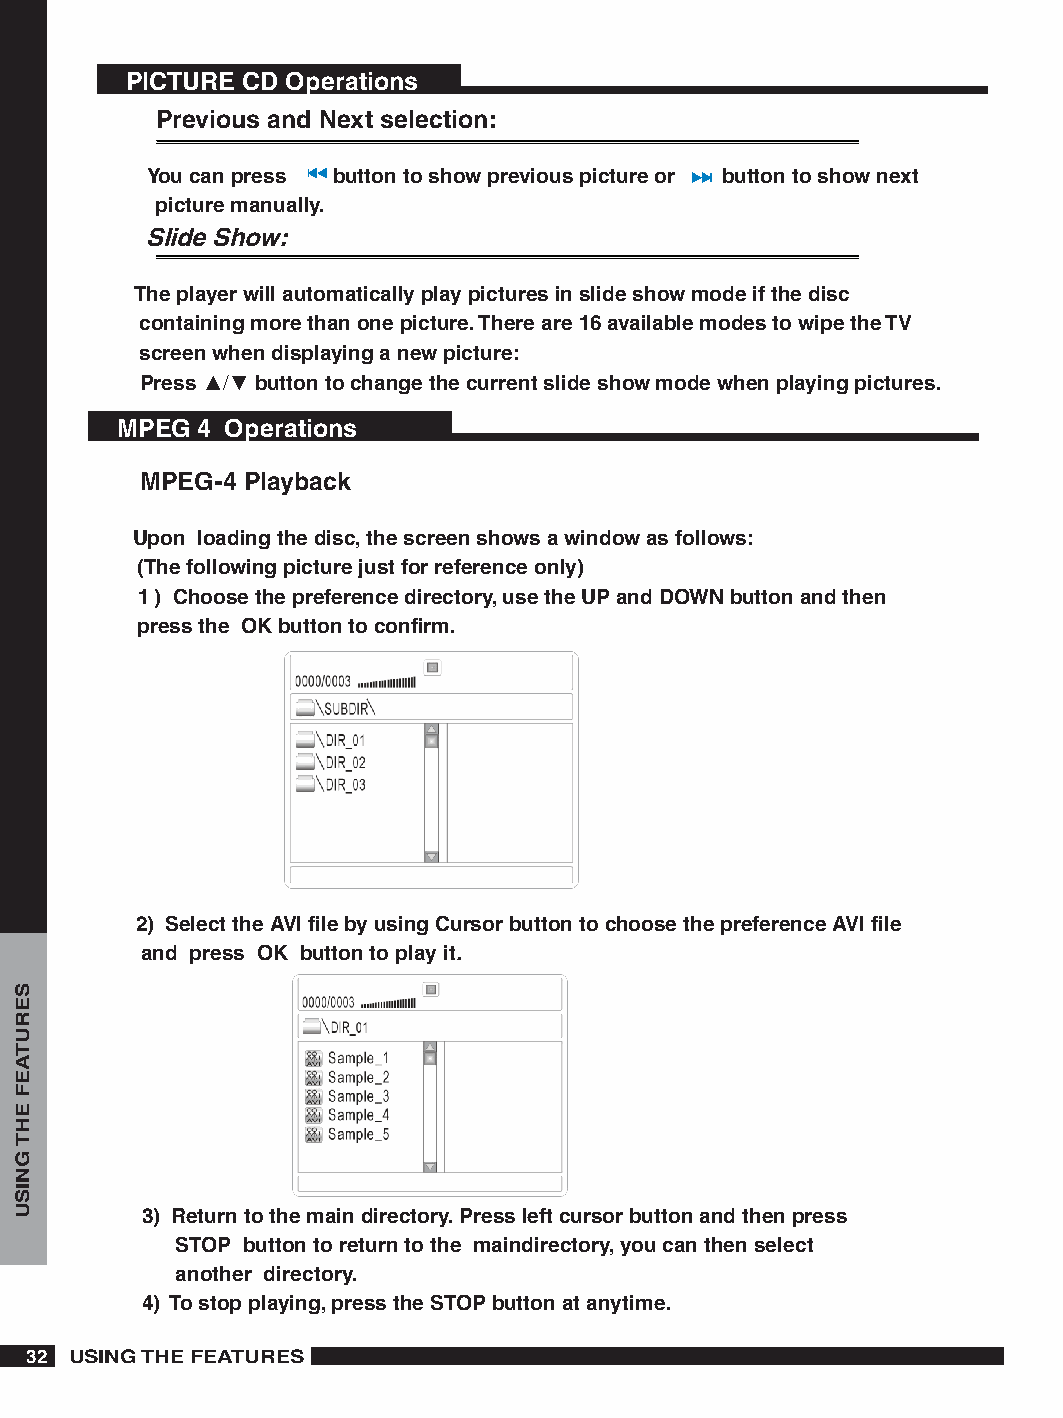
PICTURE CD Operations
 Previous and Next selection:
 You can press button to show previous picture or button to show next
 picture manually.
 Slide Show:
 The player will automatically play pictures in slide show mode if the disc
 containing more than one picture. There are 6 available modes to wipe the TV
 screen when displaying a new picture:
 Press ▲/▼ button to change the current slide show mode when playing pictures.
 MPEG  Operations
 MPEG- Playback
 Upon loading the disc, the screen shows a window as follows:
 (The following picture just for reference only)
  ) Choose the preference directory, use the UP and DOWN button and then
 press the OK button to confirm.
 ) Select the AVI file by using Cursor button to choose the preference AVI file
 and press OK button to play it.
 ) Return to the main directory. Press left cursor button and then press
 STOP button to return to the maindirectory, you can then select
 another directory.
 ) To stop playing, press the STOP button at anytime.
  USING THE FEATURES
 SERUTAEF
 EHT
 GNISU